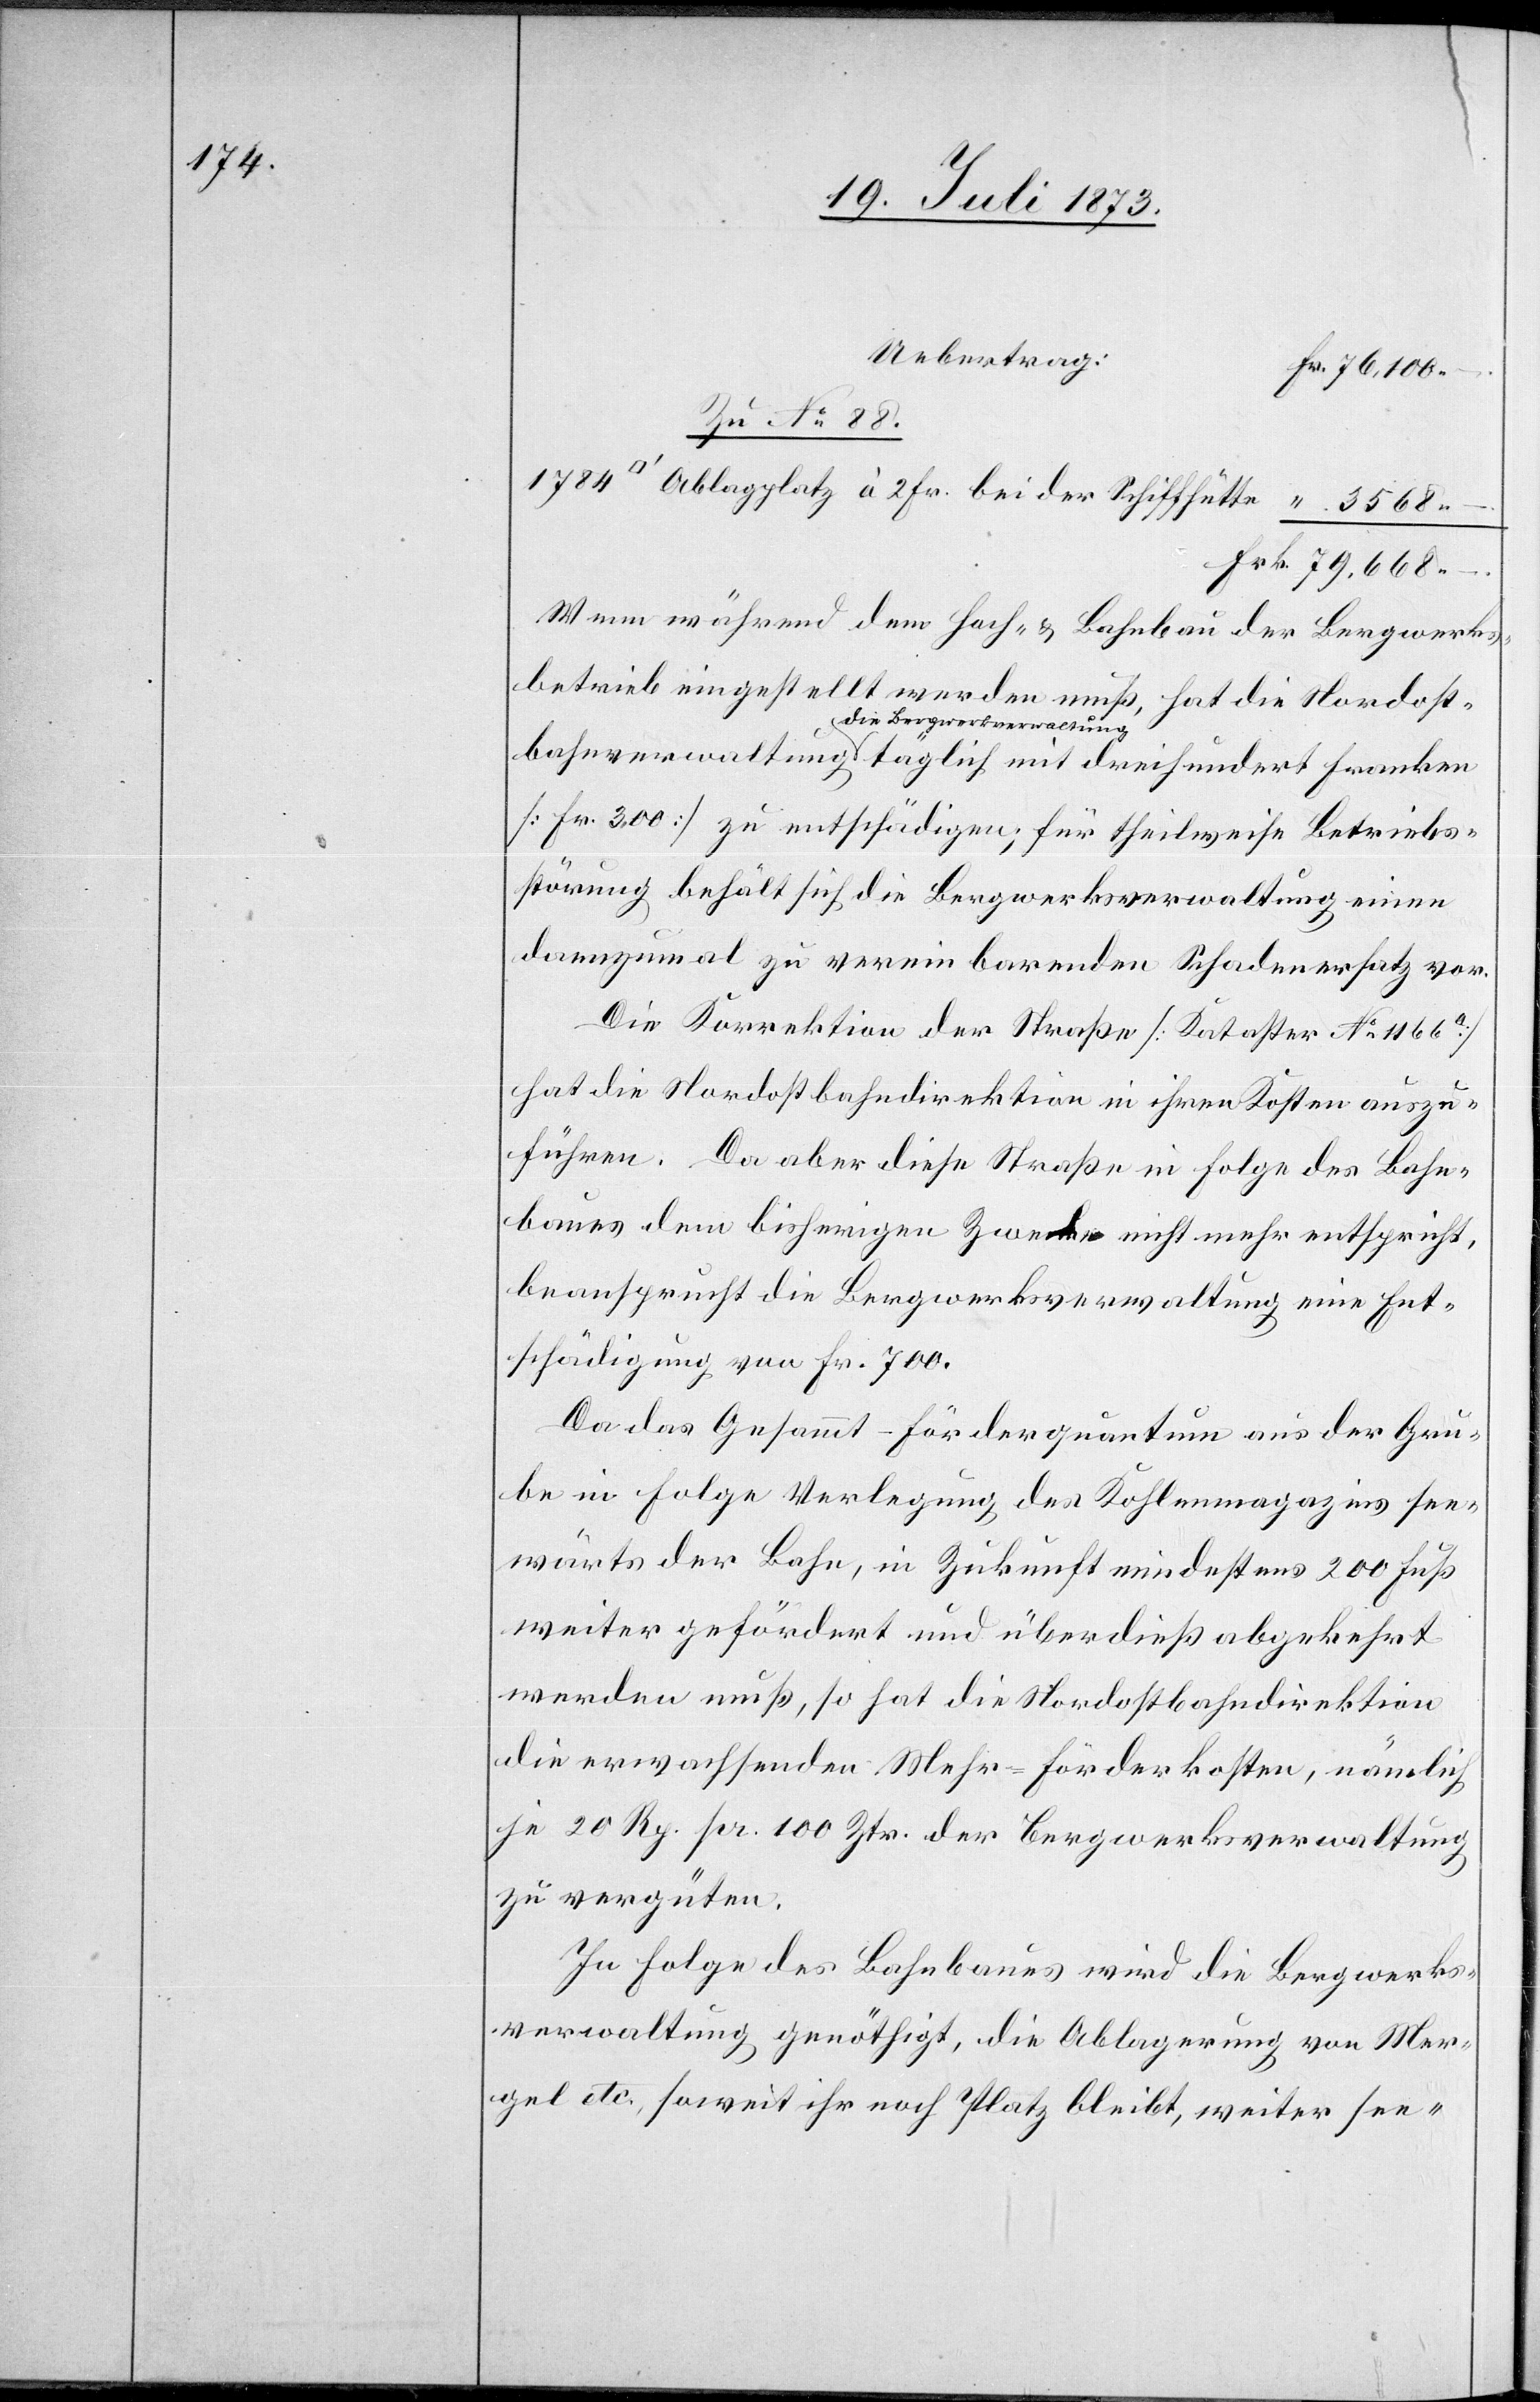
Uebertrag:
Zu No 88.
Ablagplatz à 2 Fr. bei der Schiffhütte
Wenn während dem Hoch- & Bahnbau der Bergwerks¬
betrieb eingestellt werden muß, hat die Nordost¬
bahnverwaltung die Bergwerkverwaltung täglich mit dreihundert Franken
[Fr. 300] zu entschädigen; für theilweise Betriebs¬
störung behält sich die Bergwerksverwaltung einen
dannzumal zu vereinbarenden Schadenersatz vor.
Die Korrektion der Straße [Kataster No 1 166a]
hat die Nordostbahndirektion in ihren Kosten auszu¬
führen. Da aber diese Straße in Folge des Bahn¬
baues dem bisherigen Zwecke nicht mehr entspricht,
beansprucht die Bergwerksverwaltung eine Ent¬
schädigung von Fr. 700.
Da das Gesammt-Förderquantum aus der Gru¬
be in Folge Verlegung des Kohlenmagazins see¬
wärts der Bahn, in Zukunft mindestens 200 Fuß
weiter gefördert und überdieß abgekehrt
werden muß, so hat die Nordostbahndirektion
die erwachsenden Mehr-Förderkosten, nämlich
je 20 Rp. pr. 100 Ztr. der Bergwerksverwaltung
zu vergüten.
In Folge des Bahnbaues wird die Bergwerks¬
verwaltung genöthigt, die Ablagerung von Mer¬
gel etc., soweit ihr noch Platz bleibt, weiter see-